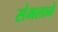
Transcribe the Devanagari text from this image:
संभलाने